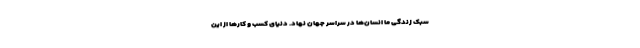
سبک زندگی ما انسان‌ها در سراسر جهان نهاد. دنیای کسب و کارها از این